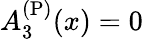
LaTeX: A_{3}^{\mathrm{(P)}}(x)=0